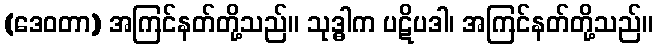
(ဒေဝတာ) အကြင်နတ်တို့သည်။ သုဒ္ဓါက ပဋိပဒါ၊ အကြင်နတ်တို့သည်။